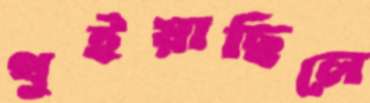
থুইয়াছিলে